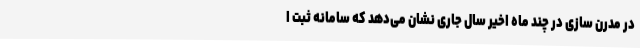
در مدرن سازی در چند ماه اخیر سال جاری نشان می‌دهد که سامانه ثبت ا